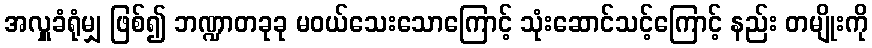
အလှူခံရုံမျှ ဖြစ်၍ ဘဏ္ဍာတခုခု မဝယ်သေးသောကြောင့် သုံးဆောင်သင့်ကြောင့် နည်း တမျိုးကို